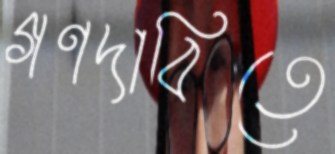
গণদাবিতে